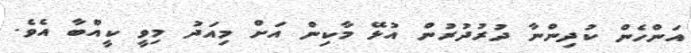
އަންހެން ކުދިންނާ ދުރުދުރުން އުޅޭ މާކިން އަށް މިއަދު މިވީ ކީއްބާ އެވެ.